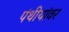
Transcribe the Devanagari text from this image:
पंथीयांवर